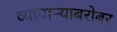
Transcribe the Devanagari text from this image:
व्यापाऱ्याबरोबर